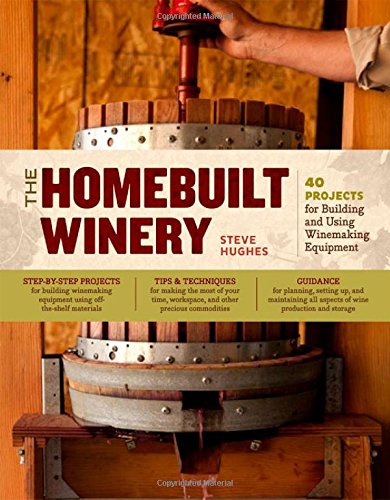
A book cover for The Homebuilt Winery: 43 Projects for Building and Using Winemaking Equipment; Steve Hughes; Cookbooks, Food & Wine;